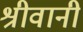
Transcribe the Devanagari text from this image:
श्रीवानी